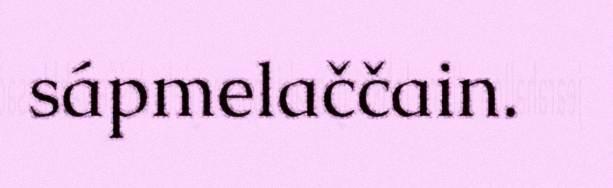
sápmelaččain.